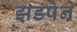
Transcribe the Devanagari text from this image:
झडपेने